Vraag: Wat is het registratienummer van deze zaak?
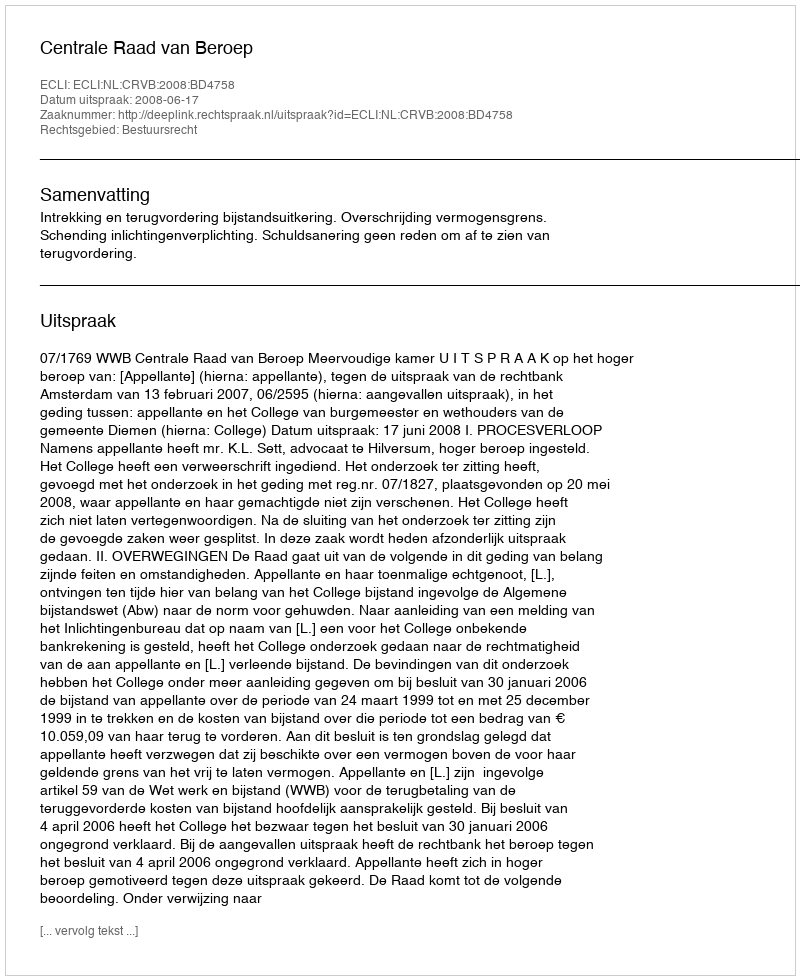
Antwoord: http://deeplink.rechtspraak.nl/uitspraak?id=ECLI:NL:CRVB:2008:BD4758